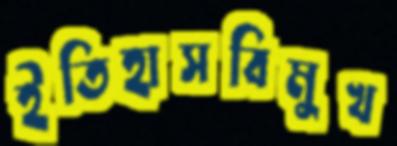
ইতিহাসবিমুখ